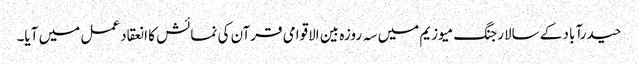
حیدرآباد کے سالارجنگ میوزیم میں سہ روزہ بین الاقوامی قرآن کی نمائش کا انعقاد عمل میں آیا۔